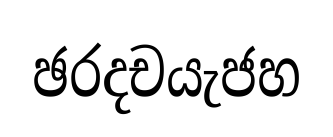
ඡරදචයැජහ